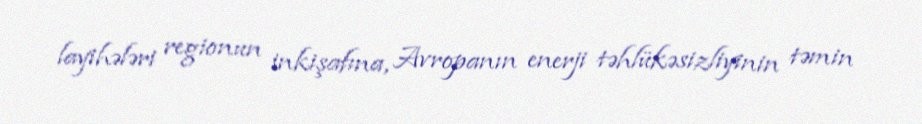
layihələri regionun inkişafına, Avropanın enerji təhlükəsizliyinin təmin